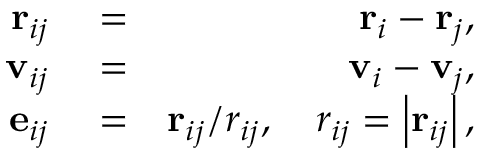
\begin{array} { r l r } { \mathbf { r } _ { i j } } & { { } = } & { \mathbf { r } _ { i } - \mathbf { r } _ { j } , } \\ { \mathbf { v } _ { i j } } & { { } = } & { \mathbf { v } _ { i } - \mathbf { v } _ { j } , } \\ { \mathbf { e } _ { i j } } & { { } = } & { \mathbf { r } _ { i j } / r _ { i j } , \quad r _ { i j } = \left| \mathbf { r } _ { i j } \right| , } \end{array}